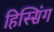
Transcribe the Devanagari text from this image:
हिस्सिंग